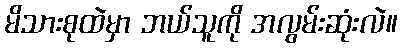
မိသားစုထဲမှာ ဘယ်သူကို အလွမ်းဆုံးလဲ။